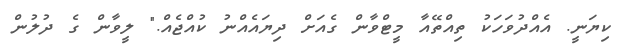
ކިޔަނީ. އެއްދުވަހަކު ތިއްތޭއާ މީޓްވާން ގެއަށް ދިޔައެއްނު ކުއްޖެއް." ލީވާން ގެ ދުލުން